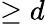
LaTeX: \geq d